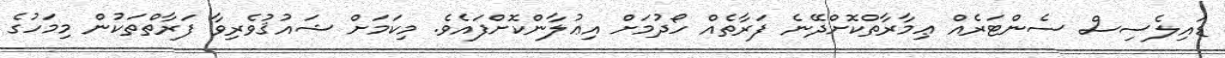
ޑައިލެސިސް ސެންޓަރެއް ޢިމާރާތްކޮށްދޭނެ ފަރާތެއް ހޯދުމަށް އިޢުލާންކޮށްފައެވެ. މިކަމަށް ޝައުޤުވެރިވާ ފަރާތްތަކުން މިމަހުގެ